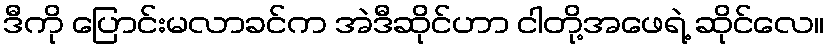
ဒီကို ပြောင်းမလာခင်က အဲဒီဆိုင်ဟာ ငါတို့အဖေရဲ့ ဆိုင်လေ။